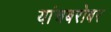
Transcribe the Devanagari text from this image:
यांचबरोबर